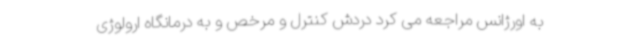
به اورژانس مراجعه می کرد دردش کنترل و مرخص و به درمانگاه ارولوژی